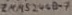
Text: ZMM5244B-7